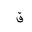
Letter: _qaf